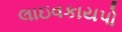
લાઇવકાયપો